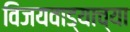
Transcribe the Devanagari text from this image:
विजयवाड्याच्या